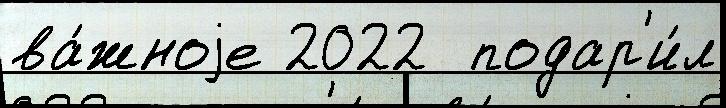
ва́жноjе 2022  подар'и́л